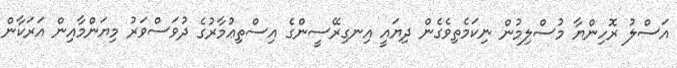
އަސްލު ރޮހިންޔާ މުސްލިމުން ނިކަމެތިވެގެން ދިޔައީ އިނގިރޭސީންގެ އިސްތިޢުމާރުގެ ދުވަސްވަރު މިޔަންމާއިން އަރަކާން